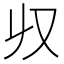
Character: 𠬞